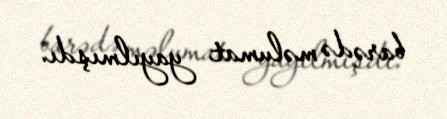
barədə məlumat yayılmışdı.